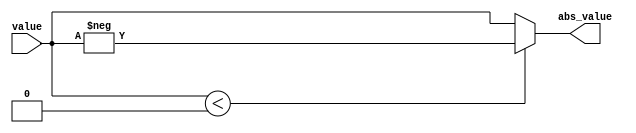
module absolute_value(
  input signed [8:0] value,
  output [8:0] abs_value
);

reg [8:0] abs_val;

  always @* begin
    if (value < 0) begin
      abs_val = -value;
    end else begin
      abs_val <= value;
    end
  end

assign abs_value = abs_val;

endmodule